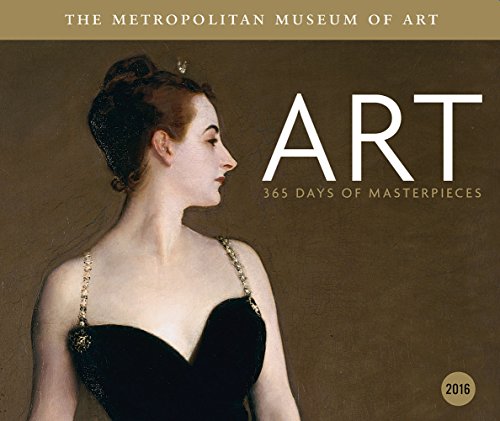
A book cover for ART: 365 Days of Masterpieces; Metropolitan Museum Of Art; Calendars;